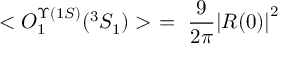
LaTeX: < O _ { 1 } ^ { \Upsilon ( 1 S ) } ( ^ { 3 } S _ { 1 } ) > \ = \ \frac { 9 } { 2 \pi } { \mid } R ( 0 ) { \mid } ^ { 2 }